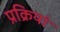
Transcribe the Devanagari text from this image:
प्रक्रियां